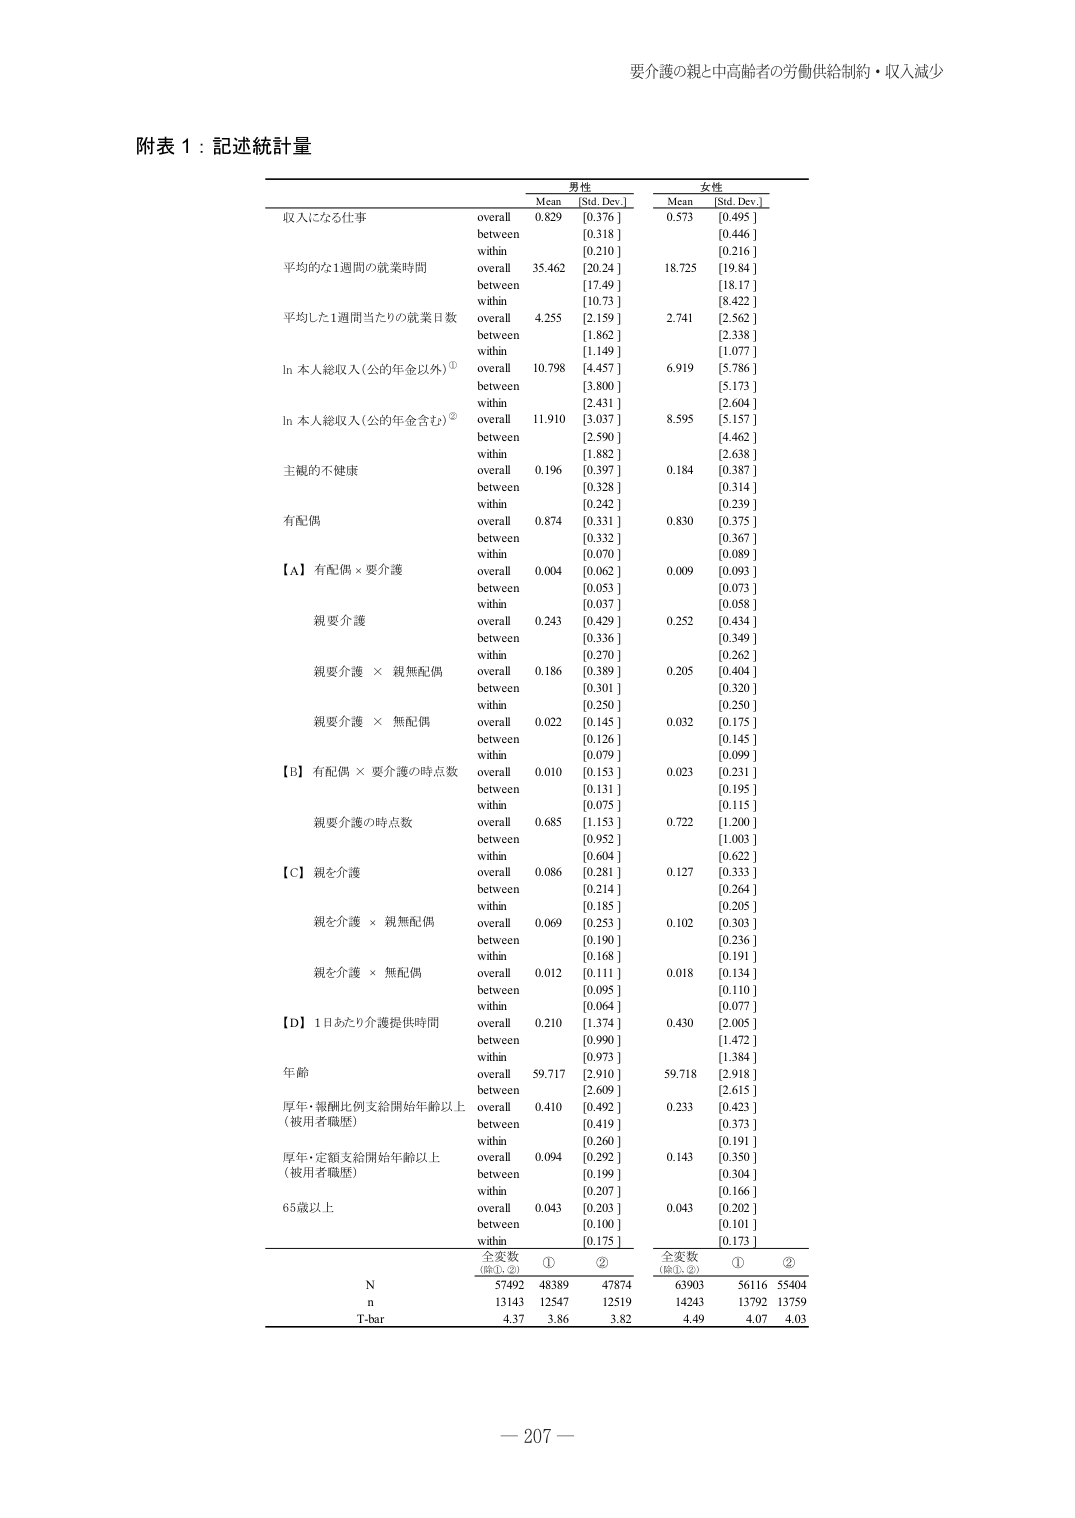
要介護の親と中高齢者の労働供給制約・収入減少

附表 1：記述統計量

男性
Mean [Std. Dev.]
女性
Mean [Std. Dev.]

収入になる仕事
overall 0.829 [0.376] 0.573 [0.495]
between [0.318] [0.446]
within [0.210] [0.216]

平均的な1週間の就業時間
overall 35.462 [20.24] 18.725 [19.84]
between [17.49] [18.17]
within [10.73] [8.422]

平均した1週間当たりの就業日数
overall 4.255 [2.159] 2.741 [2.562]
between [1.862] [2.338]
within [1.149] [1.077]

ln 本人総収入（公的年金以外）①
overall 10.798 [4.457] 6.919 [5.786]
between [3.800] [5.173]
within [2.431] [2.604]

ln 本人総収入（公的年金含む）②
overall 11.910 [3.037] 8.595 [5.157]
between [2.590] [4.462]
within [1.882] [2.638]

主観的不健康
overall 0.196 [0.397] 0.184 [0.387]
between [0.328] [0.314]
within [0.242] [0.239]

有配偶
overall 0.874 [0.331] 0.830 [0.375]
between [0.332] [0.367]
within [0.070] [0.089]

【A】有配偶 × 要介護
overall 0.004 [0.062] 0.009 [0.093]
between [0.053] [0.073]
within [0.037] [0.058]

親要介護
overall 0.243 [0.429] 0.252 [0.434]
between [0.336] [0.349]
within [0.270] [0.262]

親要介護 × 親無配偶
overall 0.186 [0.389] 0.205 [0.404]
between [0.301] [0.320]
within [0.250] [0.250]

親要介護 × 無配偶
overall 0.022 [0.145] 0.032 [0.175]
between [0.126] [0.145]
within [0.079] [0.099]

【B】有配偶 × 要介護の時点数
overall 0.010 [0.153] 0.023 [0.231]
between [0.131] [0.195]
within [0.075] [0.115]

親要介護の時点数
overall 0.685 [1.153] 0.722 [1.200]
between [0.952] [1.003]
within [0.604] [0.622]

【C】親を介護
overall 0.086 [0.281] 0.127 [0.333]
between [0.214] [0.264]
within [0.185] [0.205]

親を介護 × 親無配偶
overall 0.069 [0.253] 0.102 [0.303]
between [0.190] [0.236]
within [0.168] [0.191]

親を介護 × 無配偶
overall 0.012 [0.111] 0.018 [0.134]
between [0.095] [0.110]
within [0.064] [0.077]

【D】1日あたり介護提供時間
overall 0.210 [1.374] 0.430 [2.005]
between [0.990] [1.472]
within [0.973] [1.384]

年齢
overall 59.717 [2.910] 59.718 [2.918]
between [2.609] [2.615]
within [0.419] [0.373]

厚年・報酬比例支給開始年齢以上
（被用者職歴）
overall 0.410 [0.492] 0.233 [0.423]
between [0.419] [0.373]
within [0.260] [0.191]

厚年・定額支給開始年齢以上
（被用者職歴）
overall 0.094 [0.292] 0.143 [0.350]
between [0.199] [0.304]
within [0.207] [0.166]

65歳以上
overall 0.043 [0.203] 0.043 [0.202]
between [0.100] [0.101]
within [0.175] [0.173]

全変数
（除①、②）
①
②
全変数
（除①、②）
①
②

N 57492 48389 47874 63903 56116 55404
n 13143 12547 12519 14243 13792 13759
T-bar 4.37 3.86 3.82 4.49 4.07 4.03

－ 207 －